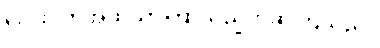
လေးပတ်အထိသာကြာသည်ဟုဆိုကြသည်။